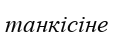
танкісіне